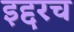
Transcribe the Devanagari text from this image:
इद्दरच